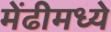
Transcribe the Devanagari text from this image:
मेंढीमध्ये